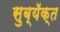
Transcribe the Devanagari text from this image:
सुब्यॅक्त